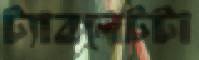
ট্যাবলেটটা